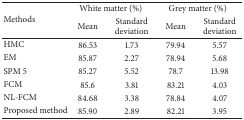
<table><thead><tr><td rowspan="2"><b>Methods</b></td><td colspan="2"><b>White matter (%)</b></td><td colspan="2"><b>Grey matter (%)</b></td></tr><tr><td><b>Mean</b></td><td><b>Standard deviation</b></td><td><b>Mean</b></td><td><b>Standard deviation</b></td></tr></thead><tbody><tr><td>HMC</td><td>86.53</td><td>1.73</td><td>79.94</td><td>5.57</td></tr><tr><td>EM</td><td>85.87</td><td>2.27</td><td>78.94</td><td>5.68</td></tr><tr><td>SPM 5</td><td>85.27</td><td>5.52</td><td>78.7</td><td>13.98</td></tr><tr><td>FCM</td><td>85.6</td><td>3.81</td><td>83.21</td><td>4.03</td></tr><tr><td>NL-FCM</td><td>84.68</td><td>3.38</td><td>78.84</td><td>4.07</td></tr><tr><td>Proposed method</td><td>85.90</td><td>2.89</td><td>82.21</td><td>3.95</td></tr></tbody></table>